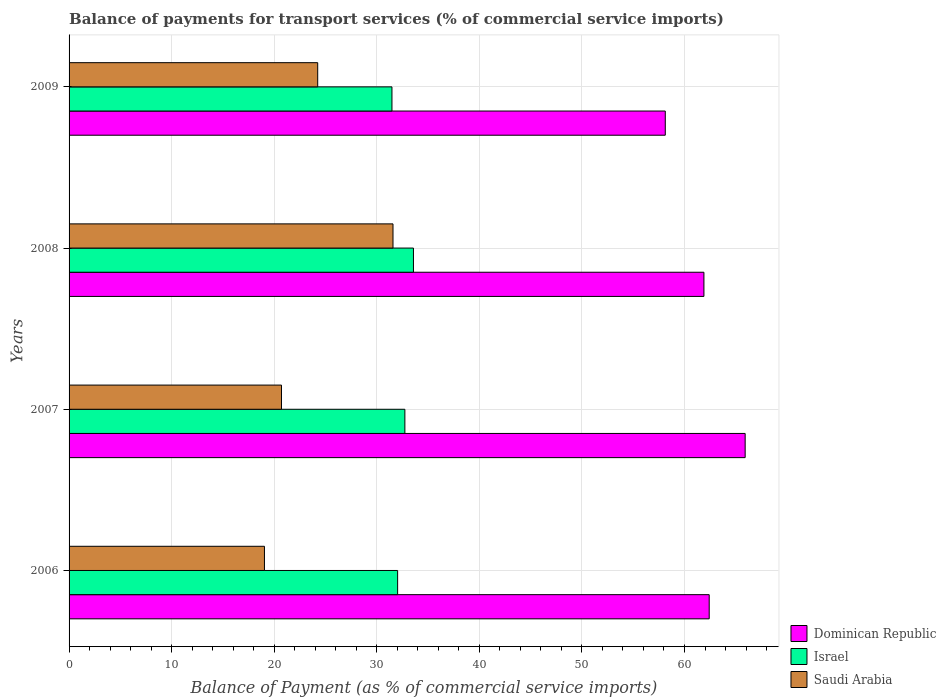
| Years | Dominican Republic | Israel | Saudi Arabia |
 | --- | --- | --- | --- |
 | 2006 | 62.4 | 32 | 19 |
 | 2007 | 65.9 | 32.7 | 20.7 |
 | 2008 | 61.9 | 33.6 | 31.6 |
 | 2009 | 58.1 | 31.5 | 24.2 |